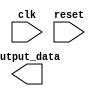
module behavioral_modeling(
  input clk,
  input reset,
  output reg [7:0] output_data
);

always @(negedge clk) begin
  // Insert your functionality here
end

endmodule